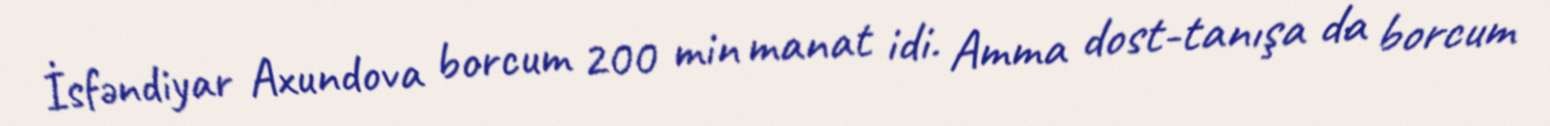
İsfəndiyar Axundova borcum 200 min manat idi. Amma dost-tanışa da borcum